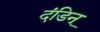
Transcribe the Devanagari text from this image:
दंडिन्